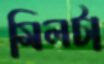
মিলটা